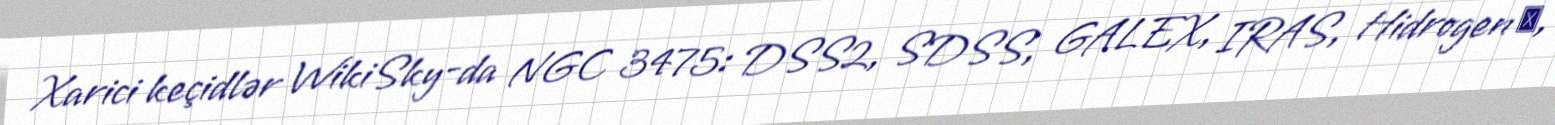
Xarici keçidlər WikiSky-da NGC 3475: DSS2, SDSS, GALEX, IRAS, Hidrogen α,